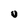
Character: U